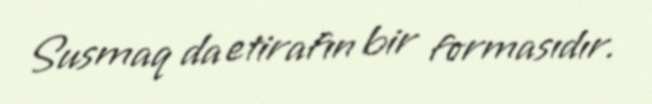
Susmaq da etirafın bir formasıdır.